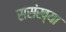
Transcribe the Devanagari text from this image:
ससंख्या